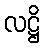
လဋ္ဌိ